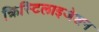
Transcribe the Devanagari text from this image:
क्रिस्टिलाइजेशन